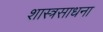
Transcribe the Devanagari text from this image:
शास्त्रसाधना